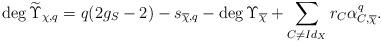
LaTeX: \begin{align*}\deg\widetilde{\Upsilon}_{\chi,q}=q(2g_{S}-2)-s_{\overline{\chi},q}-\deg\Upsilon_{\overline{\chi}}+\sum_{C \neq Id_{X}}r_{C}\alpha_{C,\overline{\chi}}^{q}. \end{align*}